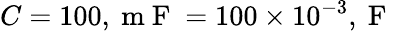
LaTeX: C=100,\mathrm{~m~F~}=100\times 10^{-3},\mathrm{~F~}